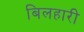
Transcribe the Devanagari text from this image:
बिलहारी